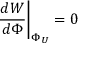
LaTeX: { \frac { d W } { d \Phi } } \bigg | _ { \Phi _ { U } } = 0